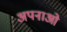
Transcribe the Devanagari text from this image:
अपनाओ